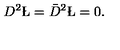
D ^ { 2 } \L = \bar { D } ^ { 2 } \L = 0 .